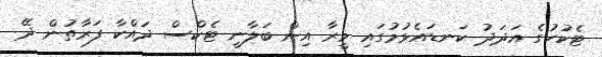
ޓެކުހުގެ އަދަދު ކަނޑައެޅުމުގައި މީރާ އިން ބަލާނީ ޓެކްސް ދައްކާ ފަރާތުން ދޭ